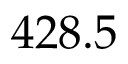
4 2 8 . 5